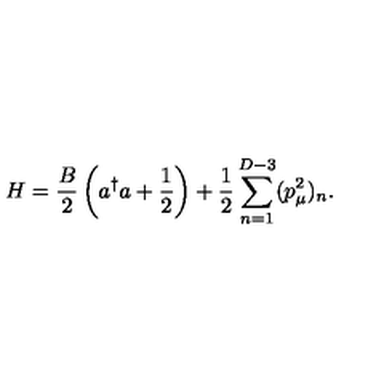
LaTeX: H = \frac { B } { 2 } \left( a ^ { \dag } a + \frac { 1 } { 2 } \right) + \frac { 1 } 2 \sum _ { n = 1 } ^ { D - 3 } ( p _ { \mu } ^ { 2 } ) _ { n } .